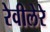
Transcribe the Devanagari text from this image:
रेवीलेरे